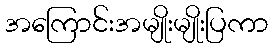
အကြောင်းအမျိုးမျိုးပြကာ